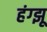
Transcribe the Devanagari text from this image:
हंग्झू